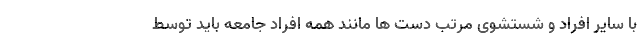
با سایر افراد و شستشوی مرتب دست ها مانند همه افراد جامعه باید توسط